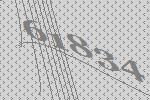
61834